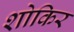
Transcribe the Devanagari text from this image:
शोकिर